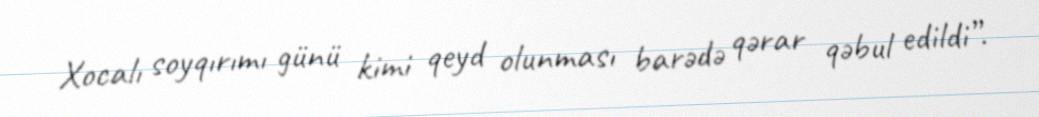
Xocalı soyqırımı günü kimi qeyd olunması barədə qərar qəbul edildi”.